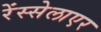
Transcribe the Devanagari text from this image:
रेंस्सेलाएर